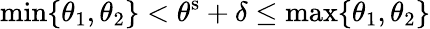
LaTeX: \operatorname*{min}\{ \theta_{1},\theta_{2}\} <\theta^{\mathrm{s}}+\delta\leq\operatorname*{max}\{ \theta_{1},\theta_{2}\}